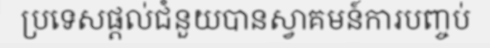
ប្រទេសផ្តល់ជំនួយបានស្វាគមន៍ការបញ្ចប់